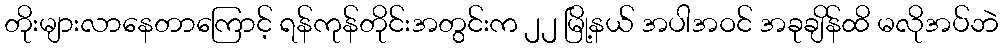
တိုးများလာနေတာကြောင့် ရန်ကုန်တိုင်းအတွင်းက ၂၂ မြို့နယ် အပါအဝင် အခုချိန်ထိ မလိုအပ်ဘဲ